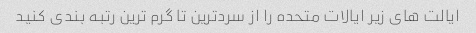
ایالت های زیر ایالات متحده را از سردترین تا گرم ترین رتبه بندی کنید